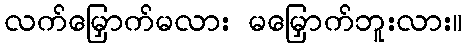
လက်မြှောက်မလား မမြှောက်ဘူးလား။